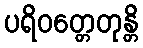
ပရိဝတ္တေတုန္တိ